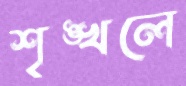
শৃঙ্খলে